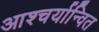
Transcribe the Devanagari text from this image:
आश्चर्यान्वित